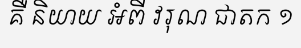
គឺ និយាយ អំពី វរុណ ជាតក ១